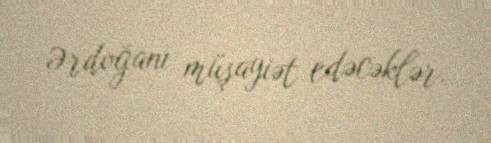
Ərdoğanı müşayiət edəcəklər.